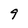
Character: 9